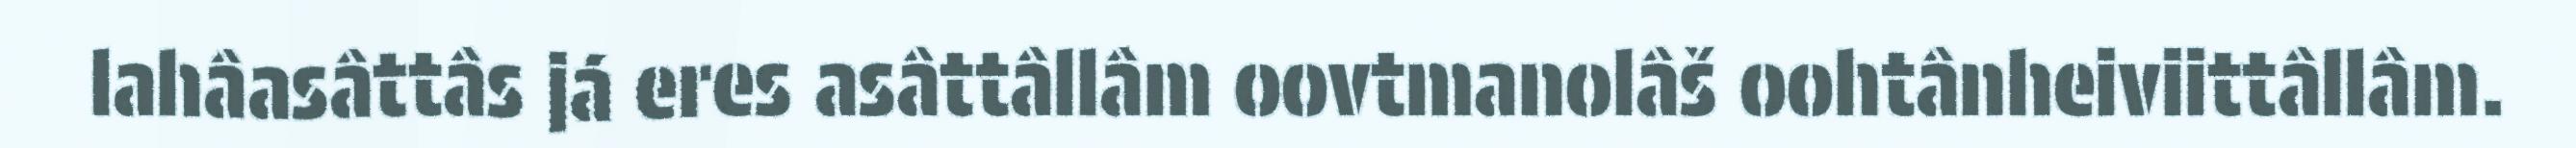
lahâasâttâs já eres asâttâllâm oovtmanolâš oohtânheiviittâllâm.